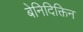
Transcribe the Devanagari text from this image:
बेनिदिक्तिन